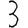
Digit: 3